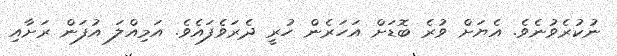
ނުކުރެވުނެވެ. އެޔަށް ވުރެ ބޮޑަށް އަހަރެން ހުރީ ދެރަވެފައެވެ. އަމިއްލަ އުފަން ރަށާއި